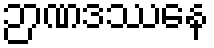
ဉာဏဒဿနေ